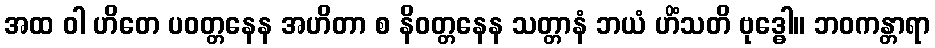
အထ ဝါ ဟိတေ ပဝတ္တနေန အဟိတာ စ နိဝတ္တနေန သတ္တာနံ ဘယံ ဟိံသတိ ဗုဒ္ဓေါ။ ဘဝကန္တာရာ